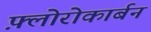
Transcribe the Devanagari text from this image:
फ़्लोरोकार्बन